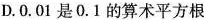
D.0.01是0.1的算术平方根